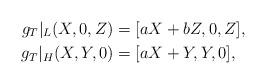
LaTeX: \begin{align*} g_T|_L(X,0,Z) &= [aX+bZ,0,Z],&& \\ g_T|_H(X,Y,0) &= [aX+Y,Y,0],&&\end{align*}